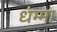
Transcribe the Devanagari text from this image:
धंम्मा